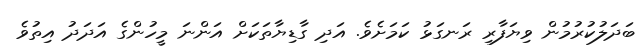
ބަދަލުކުރުމުން ވިޔަފާރި ރަނގަޅު ކަމަށެވެ. އަދި ގާޑިޔާތަކަށް އަންނަ މީހުންގެ އަދަދު އިތުވެ